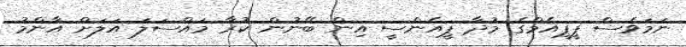
ނަމަވެސް ޕީޕީއެމްގެ މުދާ ޕީއެންސީ އިން ބޭނުން ކުރާ މައްސަލަ އަލަށް އާންމު